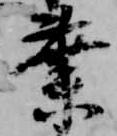
業